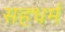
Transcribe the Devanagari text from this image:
सहधर्म